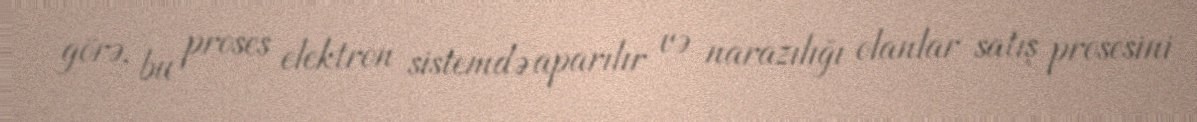
görə, bu proses elektron sistemdə aparılır və narazılığı olanlar satış prosesini